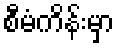
စီမံကိန်းမှာ